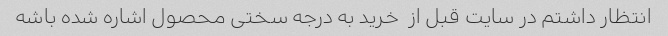
انتظار داشتم در سایت قبل از  خرید به درجه سختی محصول اشاره شده باشه